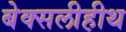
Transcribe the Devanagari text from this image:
बेक्सलीहीथ